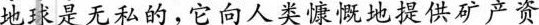
也球是无私的，它向人类慷慨地提供矿产资